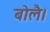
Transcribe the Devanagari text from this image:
बोलै।